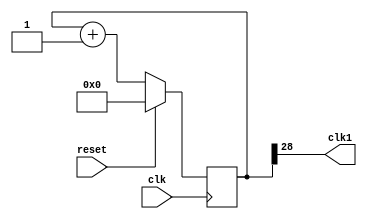
`timescale 1ns / 1ps

module clk_1Hz(clk,clk1,reset);
    input clk,reset;
    output clk1;
    reg [28:0] count;
    
    always @(posedge clk)
    begin
        if (reset) count <= 29'b0;
        else count <= count +1'b1;
    end
    
    assign clk1=count[28]; //1.5Hz
endmodule